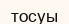
тосуы